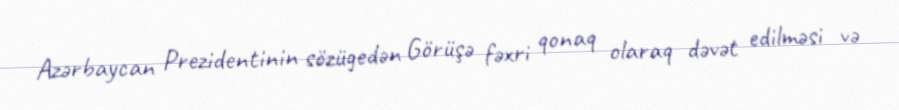
Azərbaycan Prezidentinin sözügedən Görüşə fəxri qonaq olaraq dəvət edilməsi və